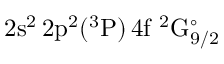
\mathrm { 2 s ^ { 2 } \, 2 p ^ { 2 } ( ^ { 3 } P ) \, 4 f ~ ^ { 2 } G _ { 9 / 2 } ^ { \circ } }